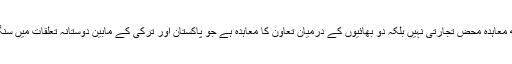
”البراک“کے ساتھ معاہدہ محض تجارتی نہیں بلکہ دو بھائیوں کے درمیان تعاون کا معاہدہ ہے جو پاکستان اور ترکی کے مابین دوستانہ تعلقات میں سنگ میل ثابت ہوگا۔